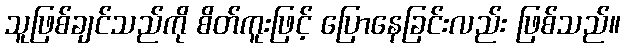
သူဖြစ်ချင်သည်ကို စိတ်ကူးဖြင့် ပြောနေခြင်းလည်း ဖြစ်သည်။